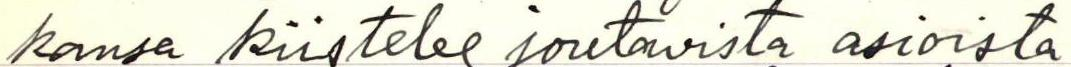
kansa kiistelee joutavista asioista